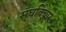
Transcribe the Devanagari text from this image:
संघविचार